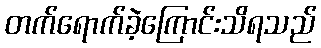
တက်ရောက်ခဲ့ကြောင်းသိရသည်